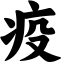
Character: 疫